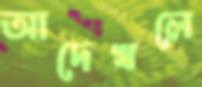
আদেখলে